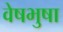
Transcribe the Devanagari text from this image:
वेषभुषा